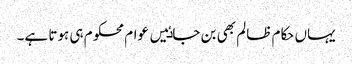
یہاں حکام ظالم بھی بن جاٸیں عوام محکوم ہی ہوتا ہے۔